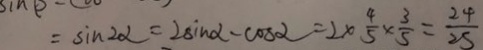
= \sin 2 \alpha = 2 \sin \alpha - \cos \alpha = 2 \times \frac { 4 } { 5 } \times \frac { 3 } { 5 } = \frac { 2 4 } { 2 5 }